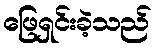
ဖြေရှင်းခဲ့သည်